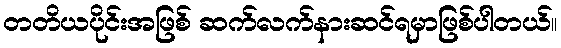
တတိယပိုင်းအဖြစ် ဆက်လက်နားဆင်ရမှာဖြစ်ပါတယ်။